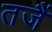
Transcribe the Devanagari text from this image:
तजैं